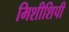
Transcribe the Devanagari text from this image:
मिशीशिपी